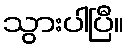
သွားပါပြီ။